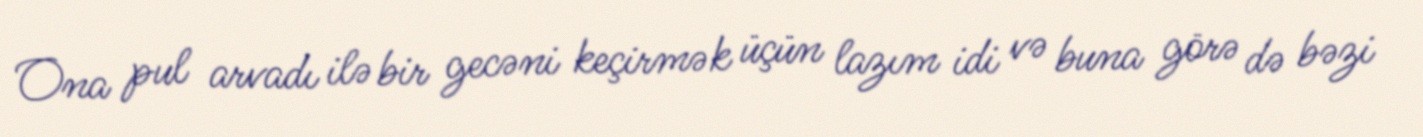
Ona pul arvadı ilə bir gecəni keçirmək üçün lazım idi və buna görə də bəzi